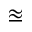
\approxeq